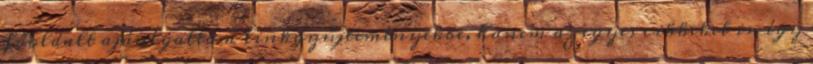
főoldalt ajánlgattam linkgyűjteményekbe, hanem az egyes cikkeket is, így